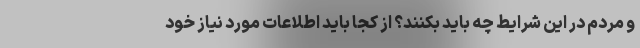
و مردم در این شرایط چه باید بکنند؟ از کجا باید اطلاعات مورد نیاز خود